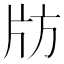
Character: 𰠚